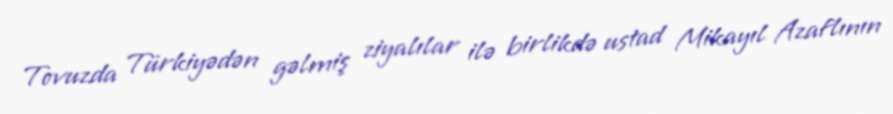
Tovuzda Türkiyədən gəlmiş ziyalılar ilə birlikdə ustad Mikayıl Azaflının